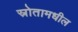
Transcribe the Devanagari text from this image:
स्रोतामधील